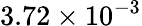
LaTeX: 3.72\times 10^{-3}